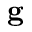
\mathbf { g }